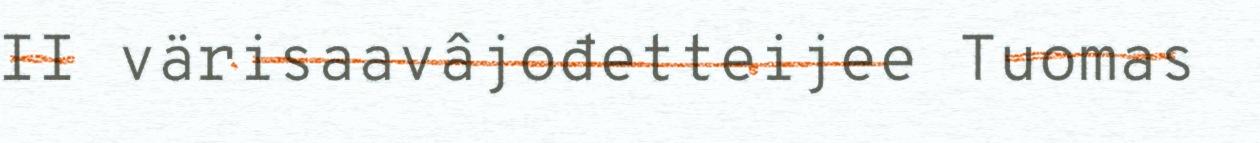
II värisaavâjođetteijee Tuomas